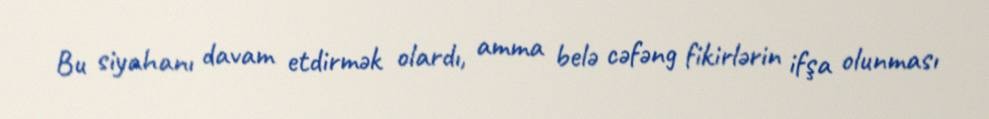
Bu siyahanı davam etdirmək olardı, amma belə cəfəng fikirlərin ifşa olunması